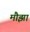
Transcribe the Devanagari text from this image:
मौझा